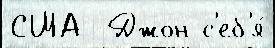
США  Джон с'еб'я́